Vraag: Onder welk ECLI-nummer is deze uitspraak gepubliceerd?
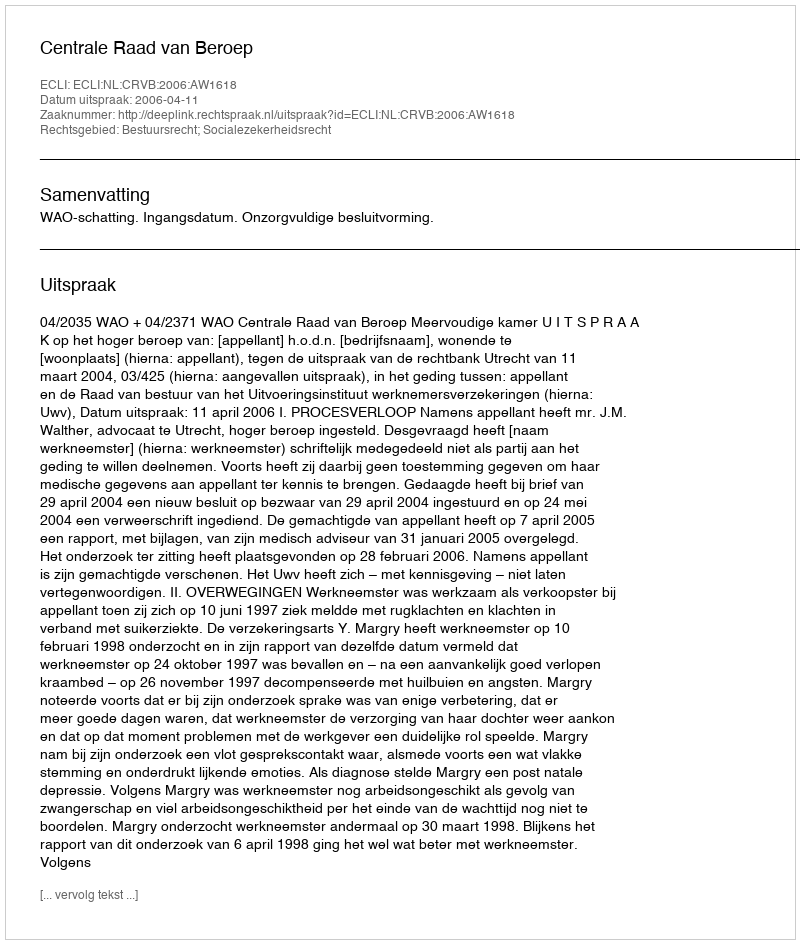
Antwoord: ECLI:NL:CRVB:2006:AW1618